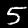
Digit: 5